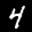
Label: 4